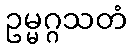
ဥမ္မဂ္ဂသတံ